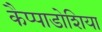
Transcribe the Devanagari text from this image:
कैप्पाडोशिया